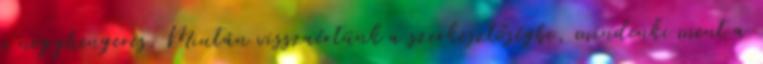
a négyhengeres. Miután visszaértünk a szerkesztőségbe, mindenki ment a